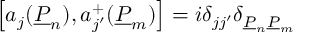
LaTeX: \left[ a _ { j } ( \underline { { { P } } } _ { n } ) , a _ { j ^ { \prime } } ^ { + } ( \underline { { { P } } } _ { m } ) \right] = i \delta _ { j j ^ { \prime } } \delta _ { \underline { { { P } } } _ { n } \underline { { { P } } } _ { m } }